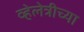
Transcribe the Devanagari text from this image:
व्हेलेत्रीच्या